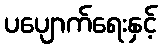
ပပျောက်ရေးနှင့်